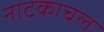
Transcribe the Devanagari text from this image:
नाटकाचल